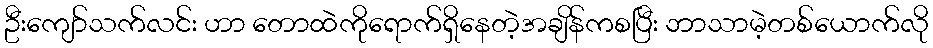
ဦးကျော်သက်လင်း ဟာ တောထဲကိုရောက်ရှိနေတဲ့အချိန်ကစပြီး ဘာသာမဲ့တစ်ယောက်လို